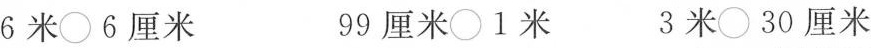
6米○6厘米 99厘米○1米 3米○30厘米